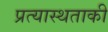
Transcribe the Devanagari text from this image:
प्रत्यास्थताकी